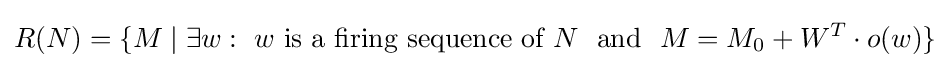
R(N)=\{M\mid \exists w:\ w{\text{ is a firing sequence of }}N\ {\text{ and }}\ M=M_{0}+W^{T}\cdot o(w)\}